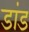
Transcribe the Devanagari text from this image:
डांड